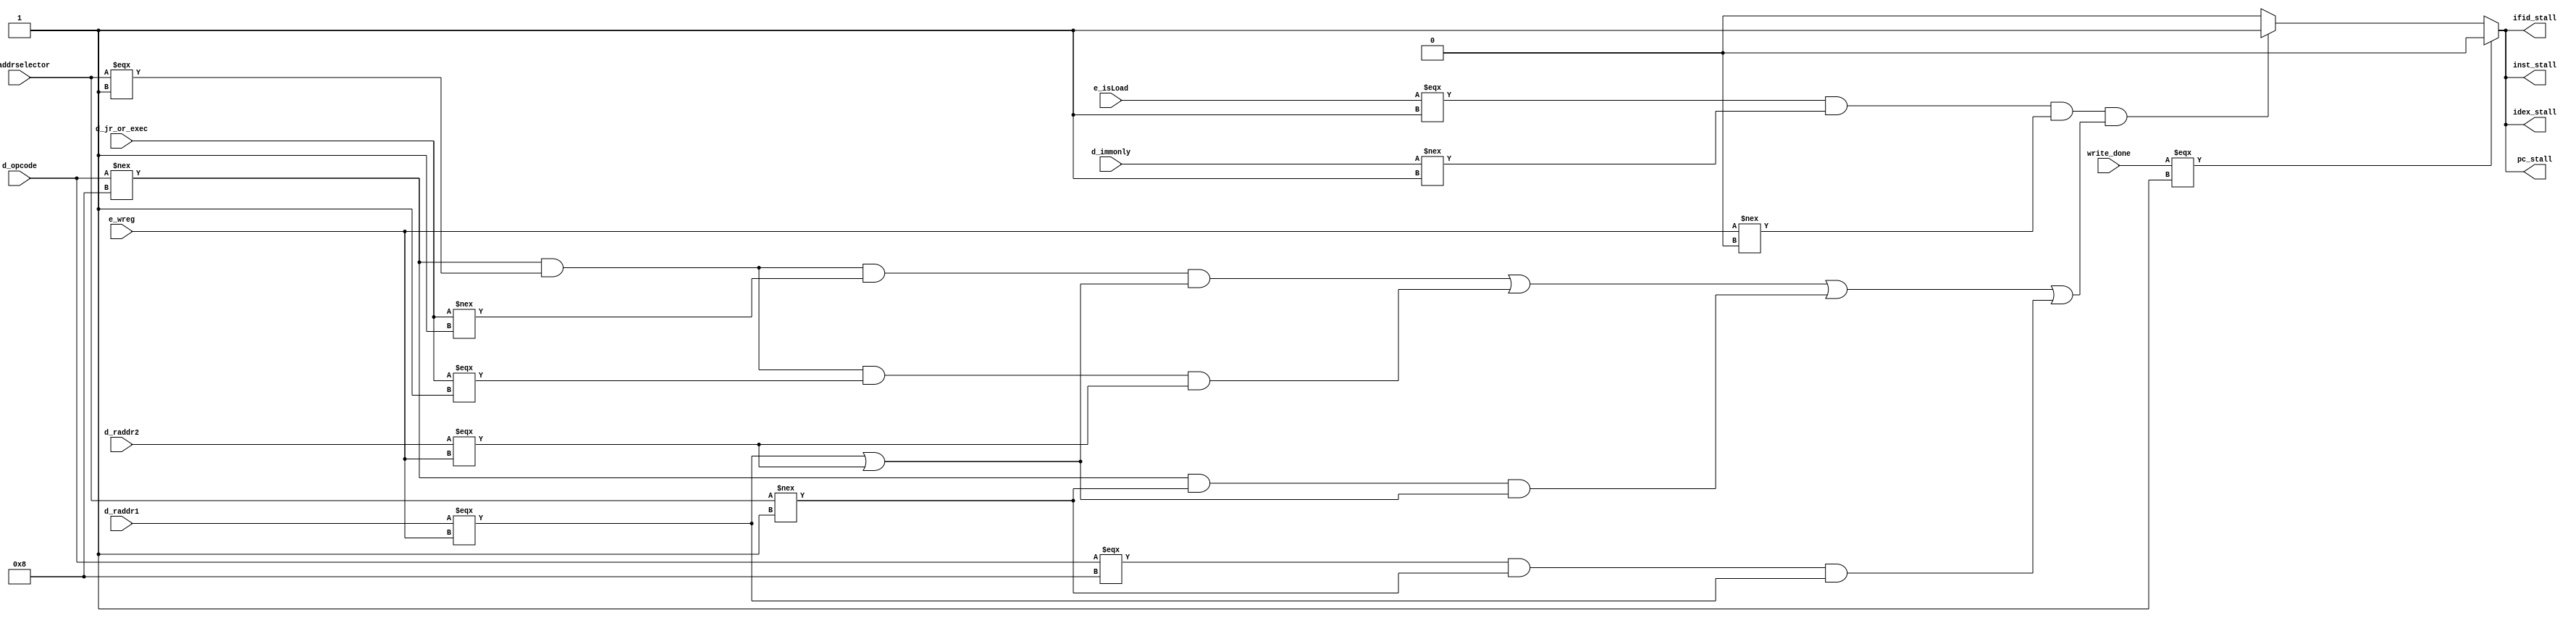
module hdUnit(
  d_raddr1, d_raddr2, d_addrselector, d_jr_or_exec, d_immonly, d_opcode, e_isLoad, e_wreg, 
  pc_stall, ifid_stall, idex_stall, inst_stall,
  write_done
);
input [3:0] d_raddr1;
input [3:0] d_raddr2;
input d_addrselector;
input d_jr_or_exec;
input d_immonly;
input [3:0] d_opcode;
input e_isLoad;
input [3:0] e_wreg;
input write_done;
output pc_stall;
output ifid_stall; 
output idex_stall;
output inst_stall;
assign pc_stall = (write_done === 1'b1)? 1'b0 :(e_isLoad===1'b1 && d_immonly!==1'b1 && e_wreg!==4'b000 && (
(d_opcode!==4'b1000 && d_addrselector===1'b1 && d_jr_or_exec!==1'b1 && (d_raddr1===e_wreg || d_raddr2===e_wreg)) ||
(d_opcode!==4'b1000 && d_addrselector===1'b1 && d_jr_or_exec===1'b1 && (d_raddr2===e_wreg)) || 
(d_opcode!==4'b1000 && d_addrselector!==1'b1 && (d_raddr1===e_wreg || d_raddr2===e_wreg)) || 
(d_opcode===4'b1000 && d_addrselector!==1'b1 && d_raddr1===e_wreg) 
)) ? 1'b1 : 1'b0;
assign ifid_stall = (write_done === 1'b1)? 1'b0 :(e_isLoad===1'b1 && d_immonly!==1'b1 && e_wreg!==4'b000 && (
(d_opcode!==4'b1000 && d_addrselector===1'b1 && d_jr_or_exec!==1'b1 && (d_raddr1===e_wreg || d_raddr2===e_wreg)) ||
(d_opcode!==4'b1000 && d_addrselector===1'b1 && d_jr_or_exec===1'b1 && (d_raddr2===e_wreg)) || 
(d_opcode!==4'b1000 && d_opcode!==4'b1000 && d_addrselector!==1'b1 && (d_raddr1===e_wreg || d_raddr2===e_wreg)) || 
(d_opcode===4'b1000 && d_addrselector!==1'b1 && d_raddr1===e_wreg) 
)) ? 1'b1 : 1'b0;
assign idex_stall = (write_done === 1'b1)? 1'b0 :(e_isLoad===1'b1 && d_immonly!==1'b1 && e_wreg!==4'b000 && (
(d_opcode!==4'b1000 && d_addrselector===1'b1 && d_jr_or_exec!==1'b1 && (d_raddr1===e_wreg || d_raddr2===e_wreg)) ||
(d_opcode!==4'b1000 && d_addrselector===1'b1 && d_jr_or_exec===1'b1 && (d_raddr2===e_wreg)) || 
(d_opcode!==4'b1000 && d_addrselector!==1'b1 && (d_raddr1===e_wreg || d_raddr2===e_wreg)) || 
(d_opcode===4'b1000 && d_addrselector!==1'b1 && d_raddr1===e_wreg) 
)) ? 1'b1 : 1'b0;
assign inst_stall = (write_done === 1'b1)? 1'b0 :(e_isLoad===1'b1 && d_immonly!==1'b1 && e_wreg!==4'b000 && (
(d_opcode!==4'b1000 && d_addrselector===1'b1 && d_jr_or_exec!==1'b1 && (d_raddr1===e_wreg || d_raddr2===e_wreg)) ||
(d_opcode!==4'b1000 && d_addrselector===1'b1 && d_jr_or_exec===1'b1 && (d_raddr2===e_wreg)) || 
(d_opcode!==4'b1000 && d_addrselector!==1'b1 && (d_raddr1===e_wreg || d_raddr2===e_wreg)) || 
(d_opcode===4'b1000 && d_addrselector!==1'b1 && d_raddr1===e_wreg) 
)) ? 1'b1 : 1'b0;
endmodule